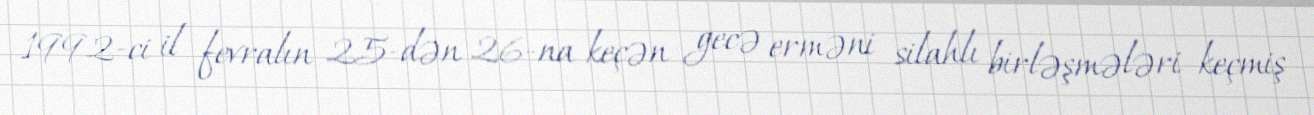
1992-ci il fevralın 25-dən 26-na keçən gecə erməni silahlı birləşmələri keçmiş